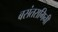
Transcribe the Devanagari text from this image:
बसंतरागिनी